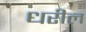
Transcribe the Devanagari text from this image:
धरील